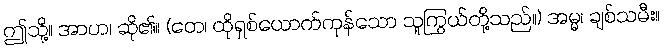
ဤသို့။ အာဟ၊ ဆို၏။ (တေ၊ ထိုရှစ်ယောက်ကုန်သော သူကြွယ်တို့သည်။) အမ္မ၊ ချစ်သမီး။